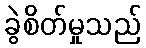
ခွဲစိတ်မှုသည်